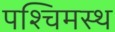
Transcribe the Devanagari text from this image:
पश्चिमस्थ